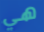
هي